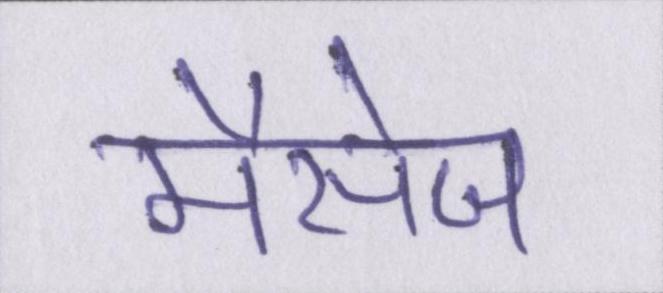
मैसेज